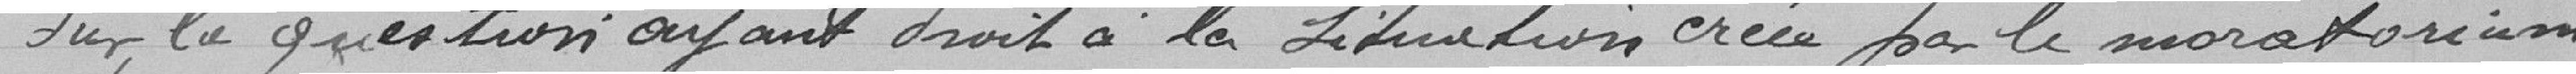
Sur la question ayant droit à la situation créée par le moratorium